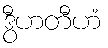
ဒွီဟတီဟံ